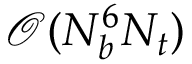
\mathcal { O } ( N _ { b } ^ { 6 } N _ { t } )